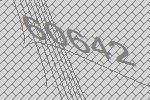
60642